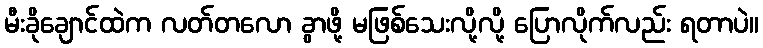
မီးခိုချောင်ထဲက လတ်တလော ခွာဖို့ မဖြစ်သေးလို့လို့ ပြောလိုက်လည်း ရတာပဲ။